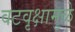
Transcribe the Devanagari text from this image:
वटवृक्षामुळे